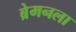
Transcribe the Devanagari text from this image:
ब्रेमनला